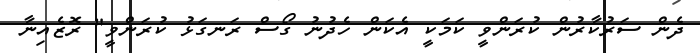
ދެން ސަރުކާރުން ކުރަންވީ ކަމަކީ އެކަން ހެދުނު ގޯސް ރަނގަޅު ކުރަންވީ" ރޮޒެއިނާ